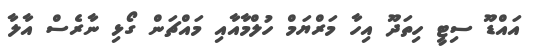
އައްޑޫ ސިޓީ ހިތަދޫ އިހާ މަރްޔަމް ހުލްމާއާއި މައްޗަން ގޯޅި ނާރެސް އާލާ